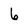
Character: 6